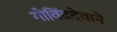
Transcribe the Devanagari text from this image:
गोविंददेवाने